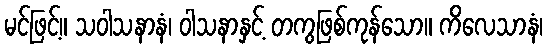
မင်ဖြင့်။ သဝါသနာနံ၊ ဝါသနာနှင့် တကွဖြစ်ကုန်သော။ ကိလေသာနံ၊